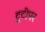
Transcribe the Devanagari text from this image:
टूटीपर